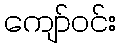
ကျော်ဝင်း